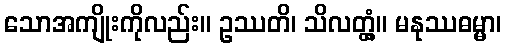
သောအကျိုးကိုလည်း။ ဥဿတိ၊ သိလတ္တံ့။ မနုဿဓမ္မာ၊